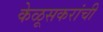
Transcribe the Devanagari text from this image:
केळूसकरांची